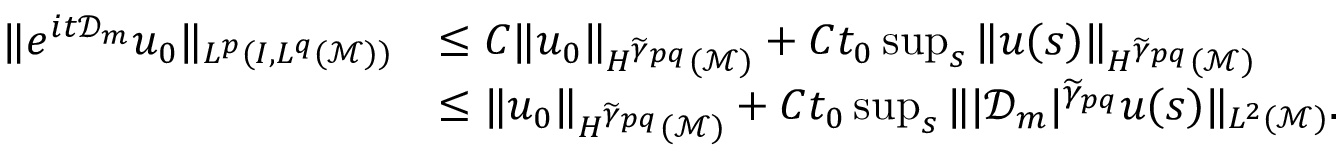
\begin{array} { r l } { \| e ^ { i t \mathcal { D } _ { m } } u _ { 0 } \| _ { L ^ { p } ( I , L ^ { q } ( \mathcal { M } ) ) } } & { \leq C \| u _ { 0 } \| _ { H ^ { \widetilde { \gamma } _ { p q } } ( \mathcal { M } ) } + C t _ { 0 } \operatorname* { s u p } _ { s } \| u ( s ) \| _ { H ^ { \widetilde { \gamma } _ { p q } } ( \mathcal { M } ) } } \\ & { \leq \| u _ { 0 } \| _ { H ^ { \widetilde { \gamma } _ { p q } } ( \mathcal { M } ) } + C t _ { 0 } \operatorname* { s u p } _ { s } \| | \mathcal { D } _ { m } | ^ { \widetilde { \gamma } _ { p q } } u ( s ) \| _ { L ^ { 2 } ( \mathcal { M } ) } . } \end{array}